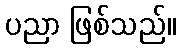
ပညာ ဖြစ်သည်။